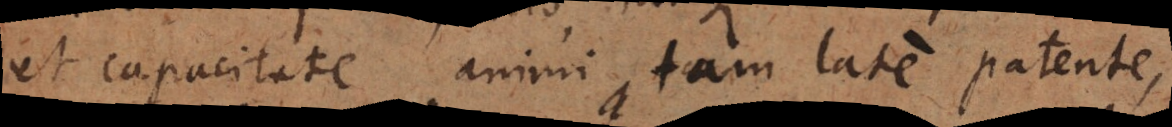
et capacitate animi tam late patente,